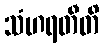
သံဟရတီတိ